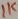
Text: 1K